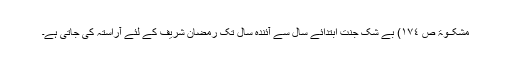
مشکــٰوۃ ص ١٧٤) بے شک جنت ابتدائے سال سے آئندہ سال تک رمضان شریف کے لئے آراستہ کی جاتی ہے۔